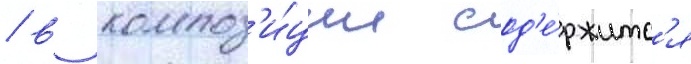
/ в композ'и́ции сод'е́ржитс'я